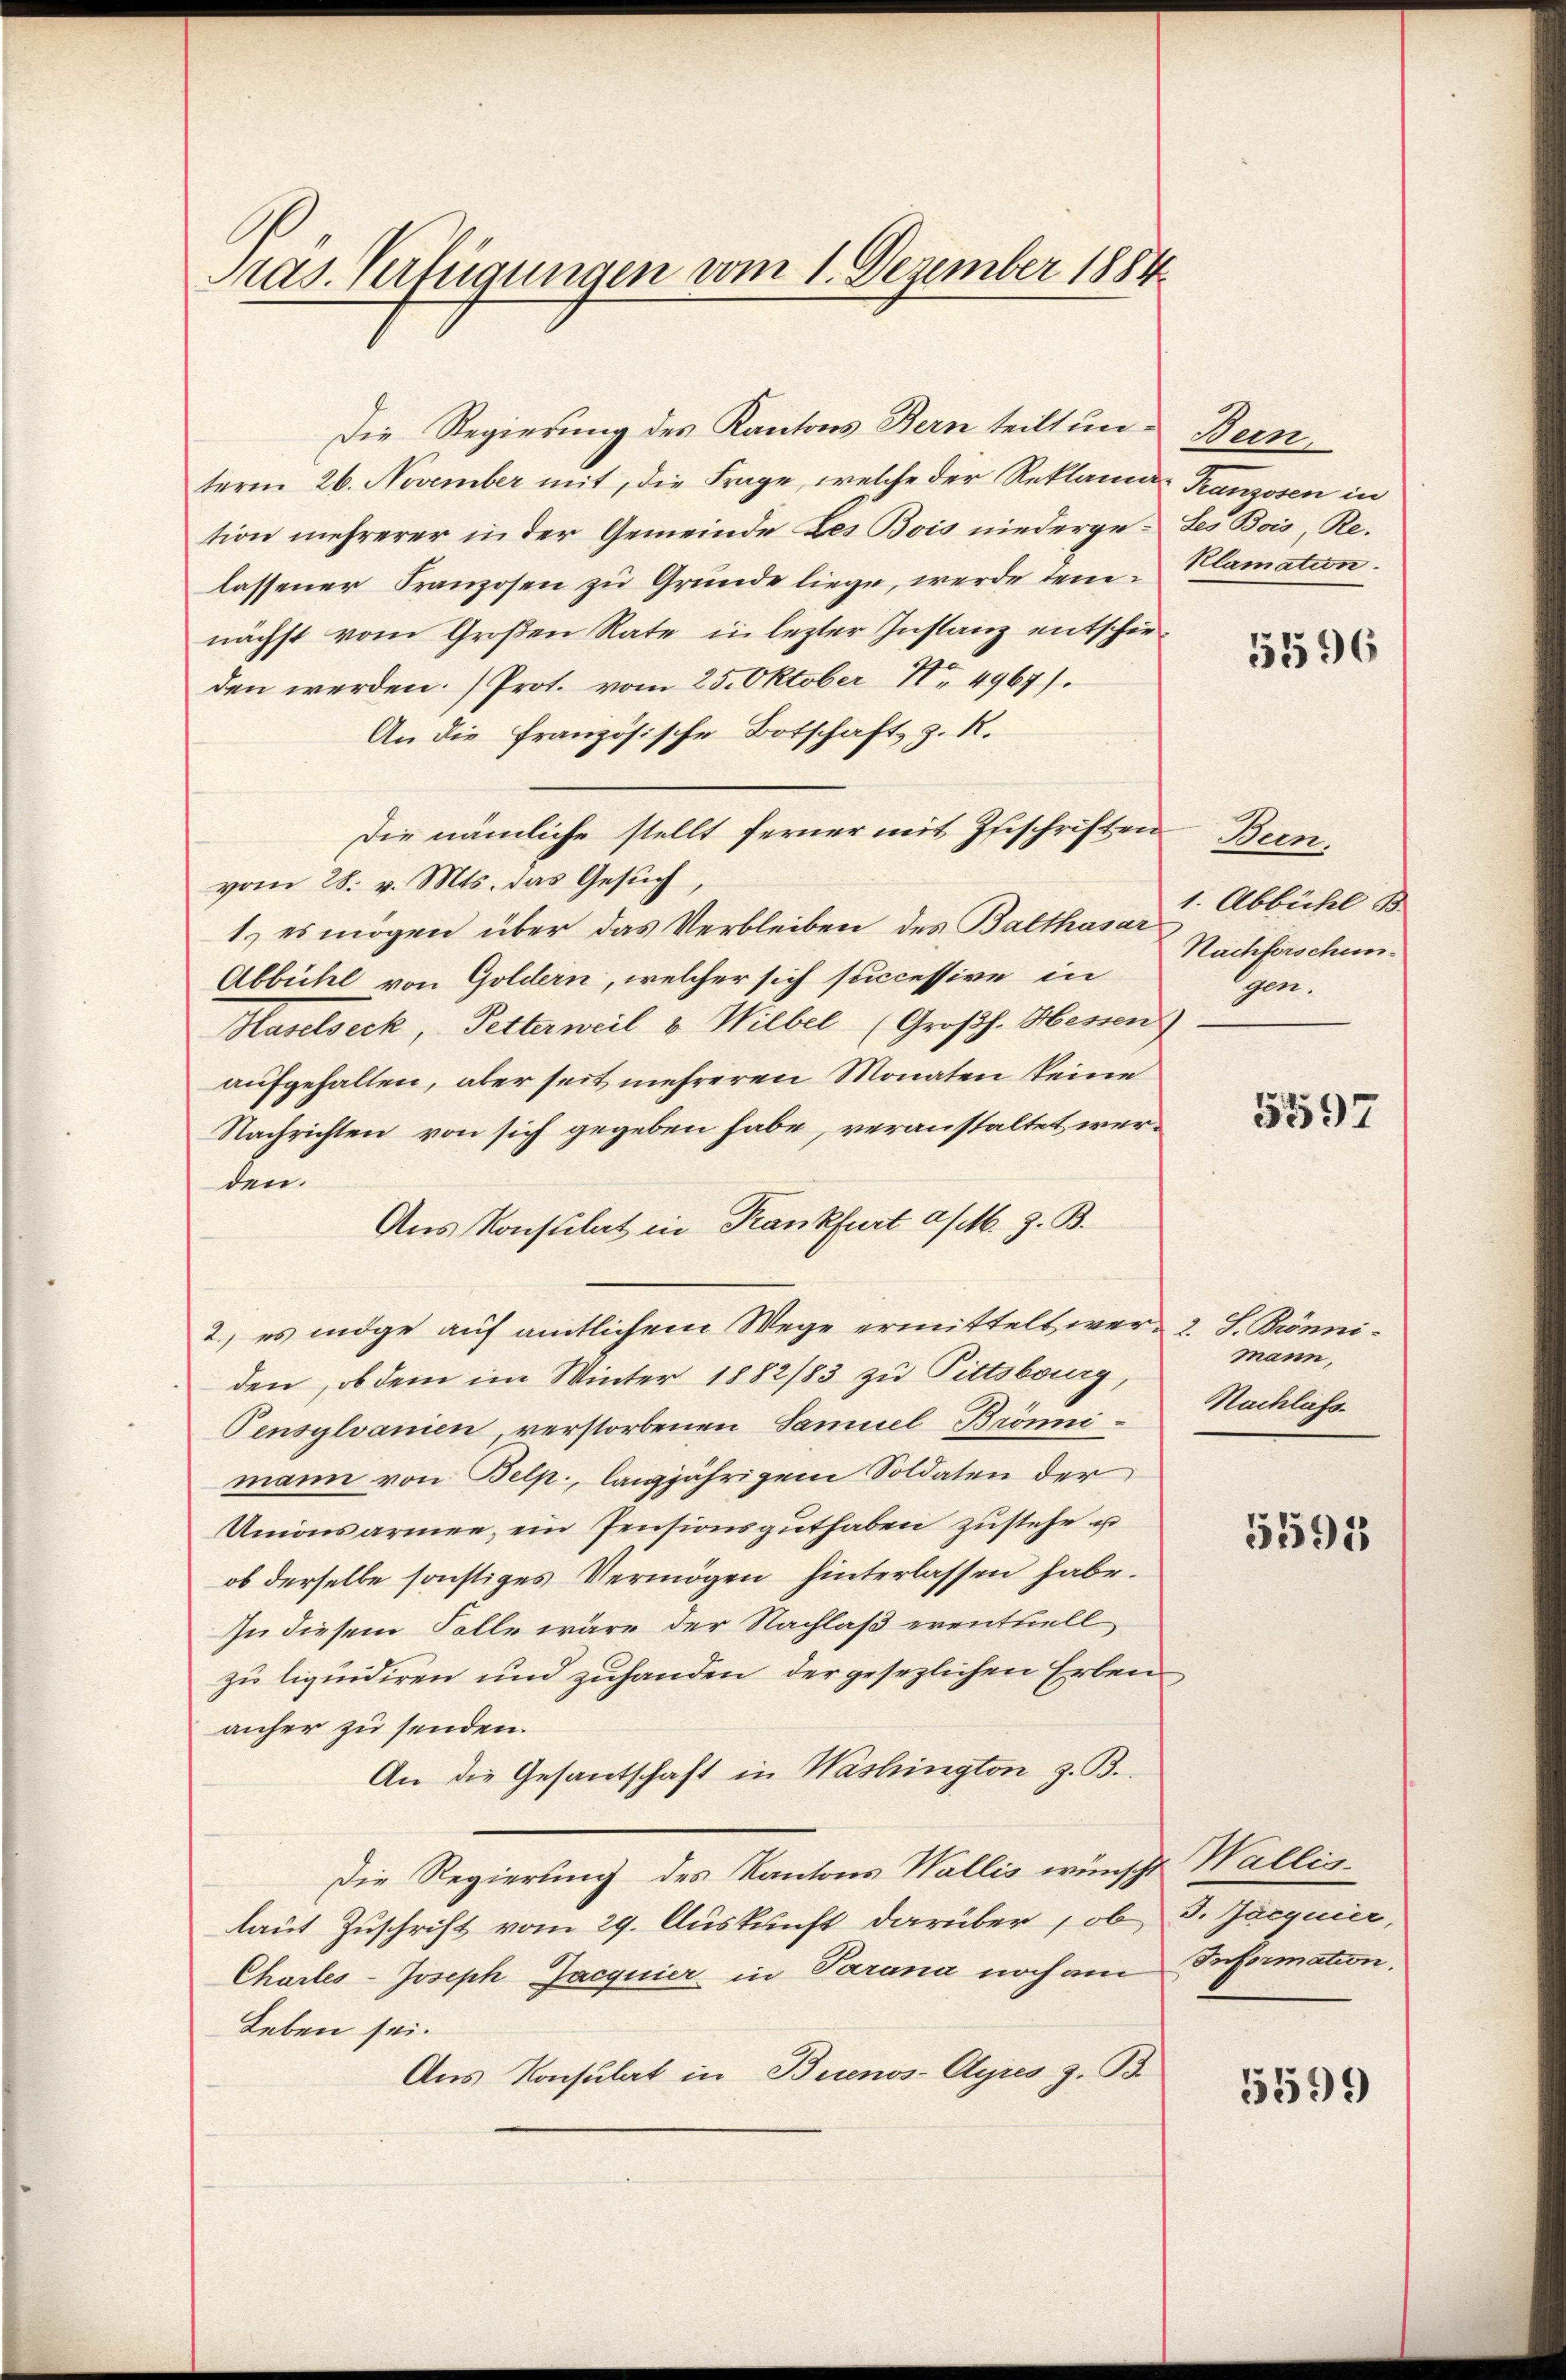
Pras. Verfügungen vom 1. Dezember 1884

Die Regierung des Kantons Bern teilt unterm 26. November mit, die Frage, welche der Reklami Franzosen in
tion mehrerer in der Gemeinde Des Bois niederge-tes Bois, Relassener Franzosen zu Grunde liege, werde dem Klamation.
nächst vom Großen Rate in lezter Instanz entschieden werden. (Prot. vom 25. Oktober No 4967).
An die französische Botschaft, z. R.
Die nämliche stellt ferner mit Zuschriften
vom 28. v. Mts. das Gesuch
1. es mögen über das Verbleiben des Balthasar
Abbühl von Goldern, welcher sich successive in
Haselseck, Petterweil v. Wilbel (Großh. Hessen)
aufgehalten, aber seit mehreren Monaten keine
Nachrichten von sich gegeben habe, veranstaltet werden.
Aus Konsulat in Krankfurt a/M. z. B.
2., es möge auf amtlichem Wege ermittelt wer- 2. S. Bönniden, ob dem im Winter 1882/83 zu Pittsburg,
Pensylvanien verstorbenen Samuel Brönnimann von Belp, langjährigem Soldaten der
Unionsarmee, ein Pensionsguthaben zustehe u
ob derselbe sonstiges Vermögen hinterlassen habe.
In diesem Folle wäre der Nachlaß eventuell
zu liquidiren und zuhanden, der gesezlichen Erben
anher zu senden.
An die Gesantschaft in Washington z. B.
Die Regierung des Kantons Wallis wünscht Wallis-
laut Zuschrift vom 29. Auskunft darüber , ob d. Jacquier,
Charles-Joseph Jacquier in Parana noch am
Leben sei.
Aus Konsulat in Buenos-Ayres z. B.

Dein

5596

Dun
1. Abbühl B
Nachforschun
gen.

5597

mann,
Nachläss

5591

Information.

5599